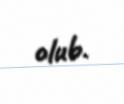
olub.